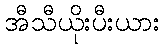
အီသီယိုးပီးယား